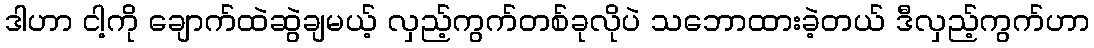
ဒါဟာ ငါ့ကို ချောက်ထဲဆွဲချမယ့် လှည့်ကွက်တစ်ခုလိုပဲ သဘောထားခဲ့တယ် ဒီလှည့်ကွက်ဟာ